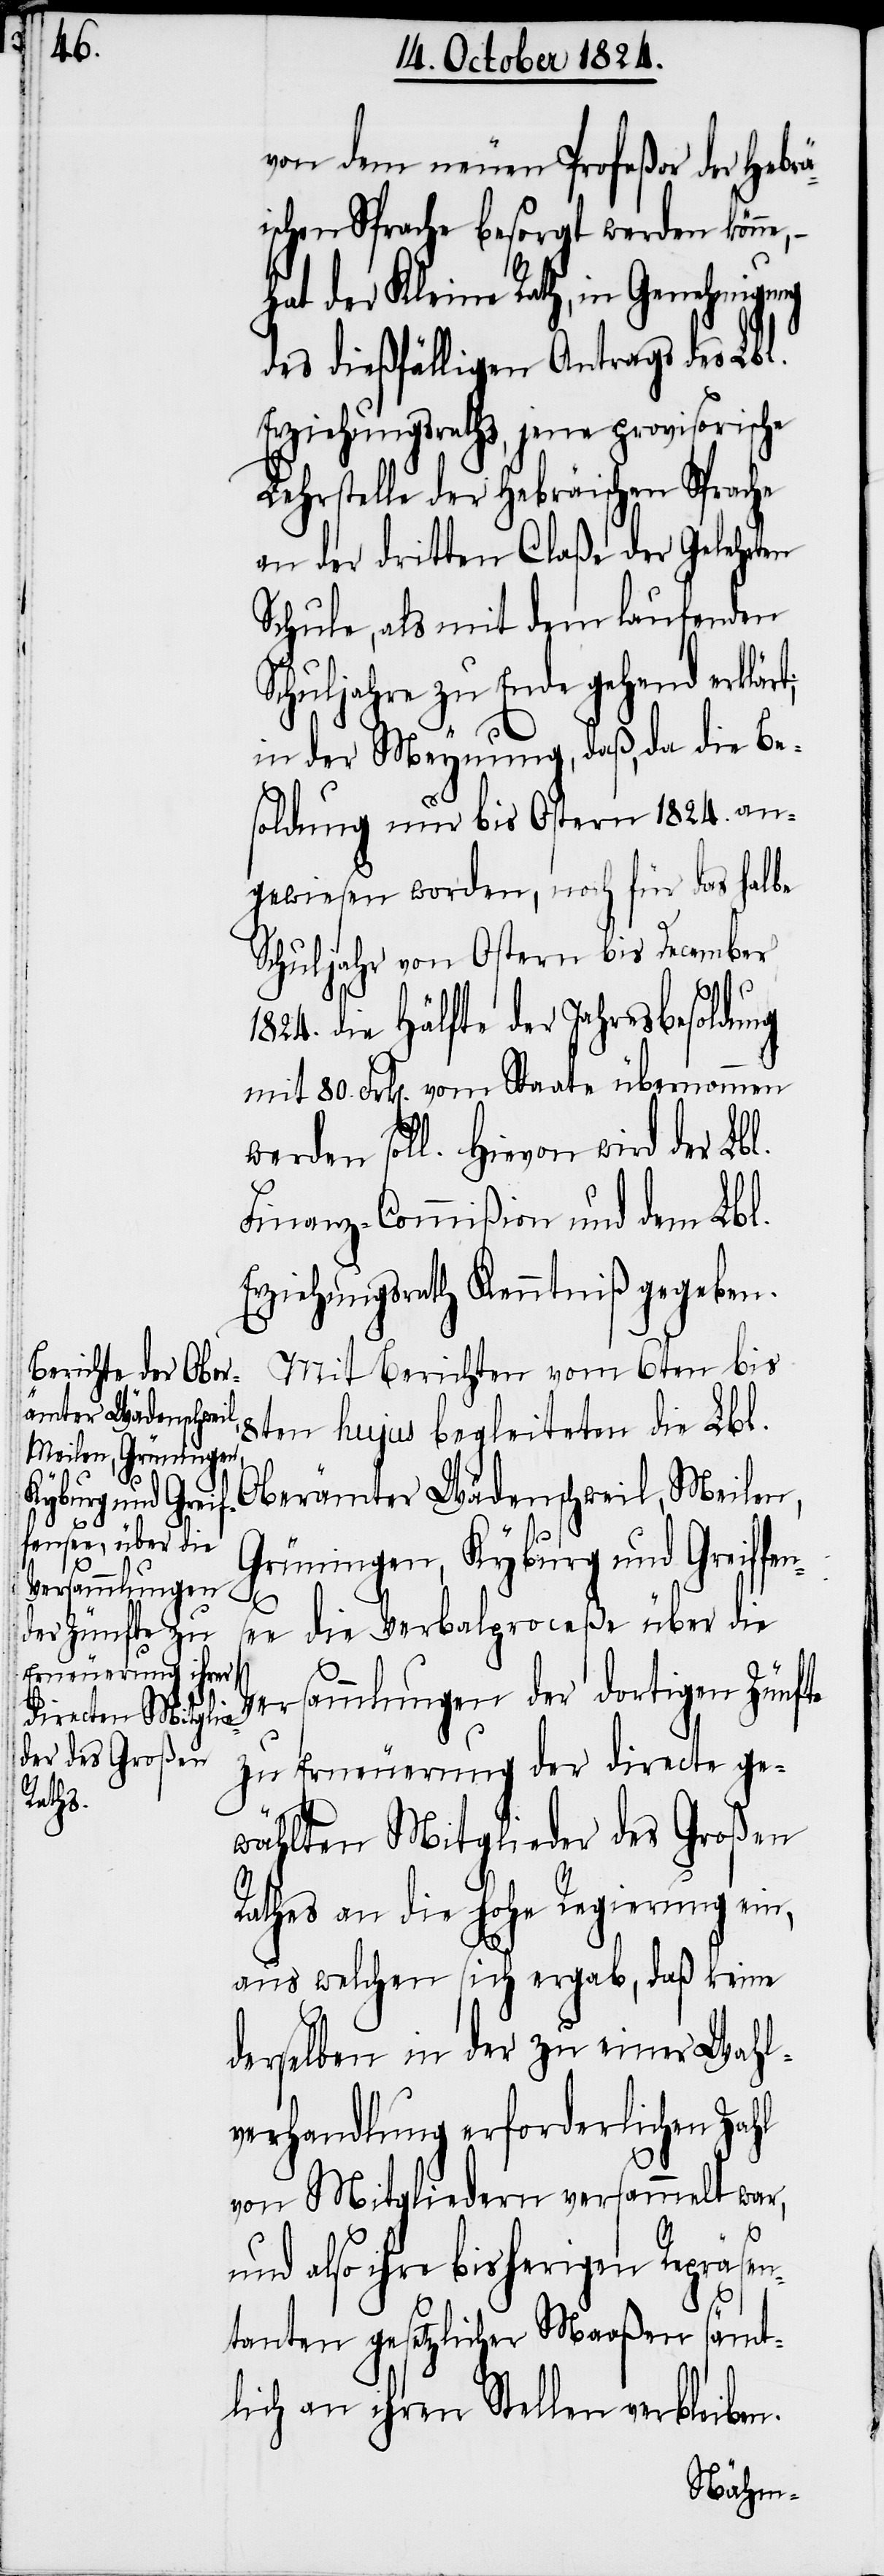
t;
hmigung

von dem neuen Profeßor der Hebrä¬
ischen Sprache besorgt werden könn¬
hat der Kleine Rath, in Gene¬
des dießfälligen Antrags des Lbl.
Erziehungsrathes, jene provisorische
Lehrstelle der Hebräischen Sprache
an der dritten Claße der Gelehrten
Schule, als mit dem laufenden
Schuljahre zu Ende gehend erklär¬
in der Meynung, daß, da die Be¬
soldung nur bis Ostern 1824. an¬
gewiesen worden, noch für das halbe
Schuljahr von Ostern bis December
1824. die Hälfte der Jahresbesoldung
mit 80. Frk[en]. vom Staate übernommen
werden soll. Hievon wird der Lbl.
Finanz-Commißion und dem Lbl.
Erziehungsrath Kenntniß gegeben.
Mit Berichten vom 6ten bis
8ten hujus begleiteten die Lbl.
Oberämter Wädenschweil, Meilen,
Grüningen, Kyburg und Greiffe¬
nsee die Verbalproceße über die
Versammlungen der dortigen Zünfte
zu Erneuerung der directe ge¬
wählten Mitglieder des Großen
Rathes an die Hohe Regierung ein,
aus welchen sich ergab, daß keine
derselben in der zu einer Wahl¬
verhandlung erforderlichen Zahl
von Mitgliedern versammelt war,
also ihre bisherigen Repräse¬
ntanten gesetzlicher Maaßen sämt¬
lich an ihren Stellen verbleiben.